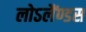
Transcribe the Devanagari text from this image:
लोऽलैंण्डस